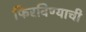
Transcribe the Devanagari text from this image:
फिरविण्याची